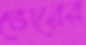
ভোরের